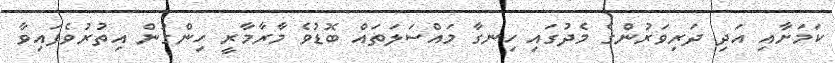
ކަމަށާއި އަދި ދަރިވަރުންގެ މެދުގައި ހިނގާ މައްސަލަތައް ބޮޑުވެ މާރާމާރީ ހިންގުން އިތުރުވެފައިވާ